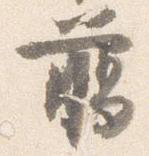
臈